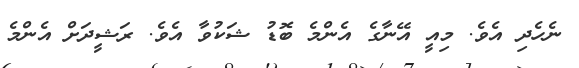
ނެހެދި އެވެ. މިއީ އޭނާގެ އެންމެ ބޮޑު ޝަކުވާ އެވެ. ރަޝީދަށް އެންމެ